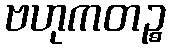
ဗဟုကတဉ္စ